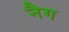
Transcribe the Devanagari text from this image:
नैग